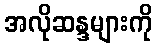
အလိုဆန္ဒများကို